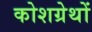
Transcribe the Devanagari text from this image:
कोशग्रेथों